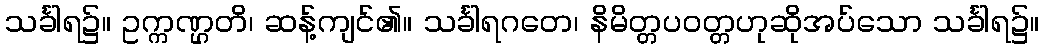
သင်္ခါရ၌။ ဥက္ကဏ္ဌတိ၊ ဆန့်ကျင်၏။ သင်္ခါရဂတေ၊ နိမိတ္တပဝတ္တဟုဆိုအပ်သော သင်္ခါရ၌။